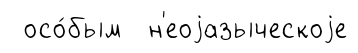
осо́бым н'еоjазыческоjе